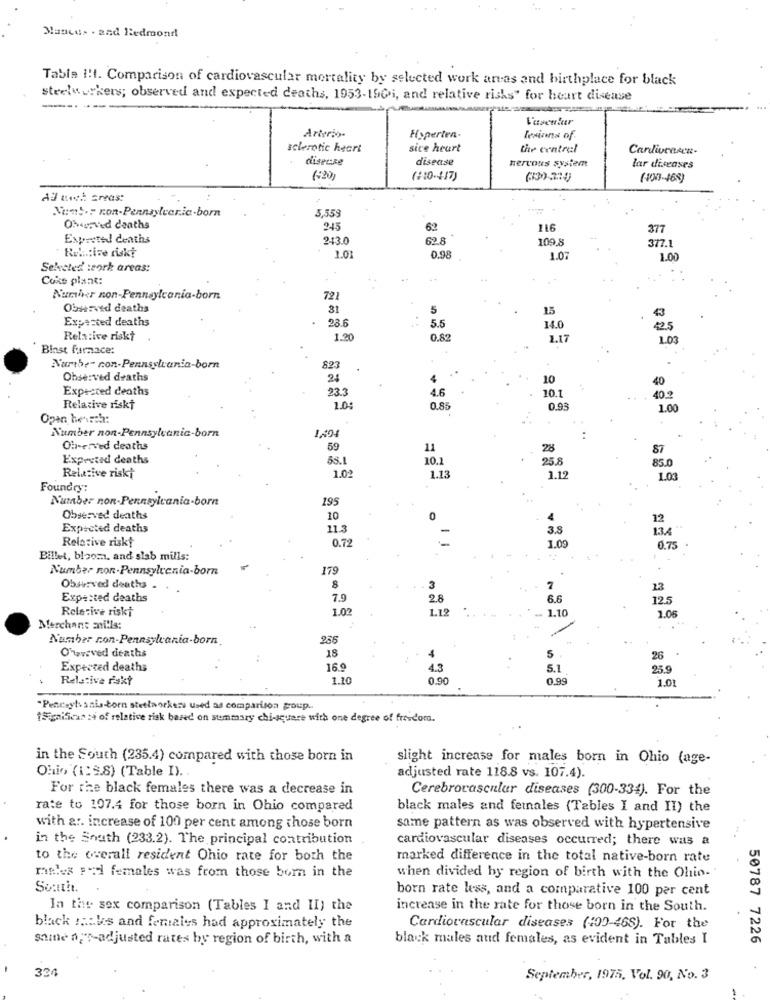
Mascus . and Redmond
Table 1 !. Comparison of cardiovascular mortality by selected work anas and birthplace for black
steelworkers; observed and expected deaths, 1953-150 i, and relative risks" for heart disease
--.
Arterio
Hyperten-
lesiona of
sclerotic heart
sice heart
the central
Cardivcasen-
dispose
disease
nervous system
lar diseases
(+20)
(#10-417)
(100-468)
All tech creas:
Nums .: non-Pennsylvaric-born
5,559
Obouived deaths
245
62
116
377
Expreted deaths
213.0
62.8
109.8
377.1
1.01
0.98
1.07
1.00
Selected :cork areas:
Coke plant:
Number non-Pennsylvania-born
721
Oburved deaths
31
5
15
43
Expected deaths
28.6
5.5
14.0
42.5
Relative riskt
1.20
0.82
1.17
1.03
Blast furnace:
Numbe- non-Pennsylvania-born
823
Observed deaths
24
10
40
Expected deaths
233
4.6
10.1
40.2
Relative riskt
1.0:
0.85
0.93
1.00
Open besch:
Number non-Pennsylvania-born
Observed deaths
59
11
28
87
Expected deaths
53.1
10.1
25.8
85.0
1.02
Relative riski
1.13
1.1
1.01
Foundry:
Number non-Pennsylvania-born
195
Observed deaths
10
0
12
Expected deaths
11.3
3.8
1.34
Relative risk!
0.72
1.09
0.75
Billet, bloom, and slab mills:
Number non-Pennsylvania-born
179
Obuvzved deaths .
8
3
7
13
Expected deaths
7.9
2.8
6.6
12.5
Relative riskt
1.02
1.12
1.10
1.08
Merchant mills:
Number non-Pennsylvania-born.
256
O'waveved deaths
18
5
26
Expected deaths
16 0
4.3
5.1
25.9
Relative riskt
1.10
0.90
0.99
1.01
"Penneyts sais-born stettworkers used as comparison poup.
1Significas z4 of relative risk based on summary chi-square with one degree of freedom.
in the South (235.4) compared with those born in
slight increase for males born in Ohio (age-
Ohio (1:2.8) (Table I).
adjusted rate 118.8 vs. 107.4).
For the black females there was a decrease in
Cerebrovascular diseases (300-334). For the
rate to 107.4 for those born in Ohio compared
black males and females (Tables I and II) the
with a :. increase of 100 per cent among those born
same pattern as was observed with hypertensive
in the South (233.2). The principal contribution
cardiovascular diseases occurred; there was a
to the overall resident Ohio rate for both the
marked difference in the total native-born rate
meles Foi females was from those born in the
when divided by region of birth with the Ohio."
Soattit.
born rate less, and a comparative 100 per cent
In the sex comparison (Tables I and II) the
increase in the rate for those born in the South.
black ::.: us and females had approximately the
Cardiovascular diseases (100-468). For the
same a"-adjusted rates by region of birth, with a
black males aud females, as evident in Tables I
50787 7226
334
September, 1975, Vol. 90, No. 3